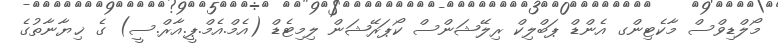
މޯލްޑިވްސް މާކެޓިންގ އެންޑް ޕަބްލިކް ރިލޭޝަންސް ކޯޕަރޭޝަން ލިމިޓެޑް (އެމް.އެމް.ޕީ.އާރް.ސީ) ގެ ޚިޔާނާތުގެ